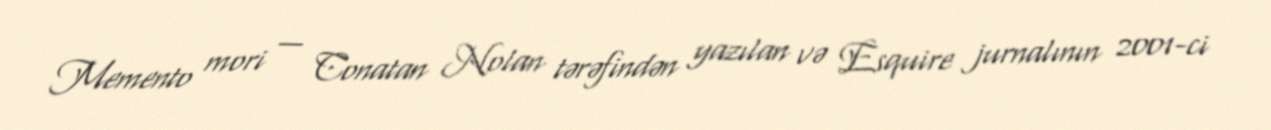
Memento mori — Conatan Nolan tərəfindən yazılan və Esquire jurnalının 2001-ci